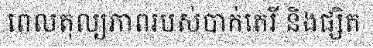
ពេលតុល្យភាពរបស់បាក់តេរី និងផ្សិត